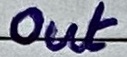
Text: Out